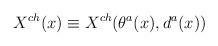
LaTeX: \begin{align*}X^{ch}(x) \equiv X^{ch}(\theta^{a}(x),d^{a}(x))\end{align*}